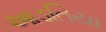
આડતિયા